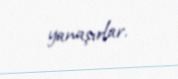
yanaşırlar.